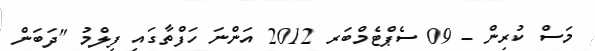
މަސް ކުރިން - 09 ސެޕްޓެމްބަރ 2012 އަންނަ ހަފްތާގައި ފިލްމު "ދަބަން